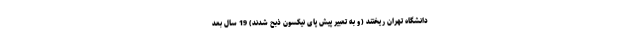
دانشگاه تهران ریختند (و به تعبیر پیش پای نیکسون ذبح شدند) 19 سال بعد